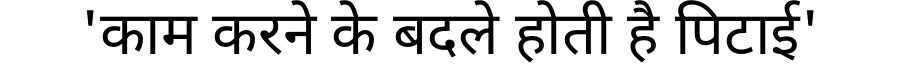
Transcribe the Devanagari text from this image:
'काम करने के बदले होती है पिटाई'